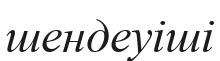
шендеуіші